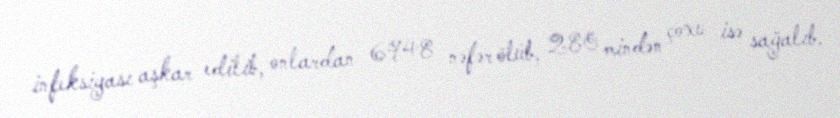
infeksiyası aşkar edilib, onlardan 6948 nəfər ölüb, 280 mindən çoxu isə sağalıb.